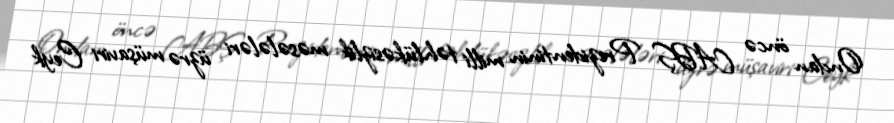
Ondan öncə ABŞ Prezidentinin milli təhlükəsizlik məsələləri üzrə müşaviri Ceyk